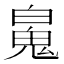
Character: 𩲸